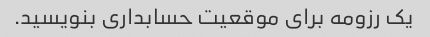
یک رزومه برای موقعیت حسابداری بنویسید.